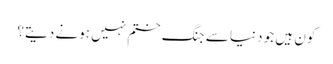
کون ہیں جو دنیا سے جنگ ختم نہیں ہونے دیتے؟